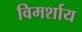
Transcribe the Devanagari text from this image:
विमर्शाय